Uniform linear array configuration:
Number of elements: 12
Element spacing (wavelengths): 0.75
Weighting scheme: hamming
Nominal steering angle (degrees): -45
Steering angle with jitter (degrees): -46.732
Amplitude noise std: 0.05
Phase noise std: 0.05

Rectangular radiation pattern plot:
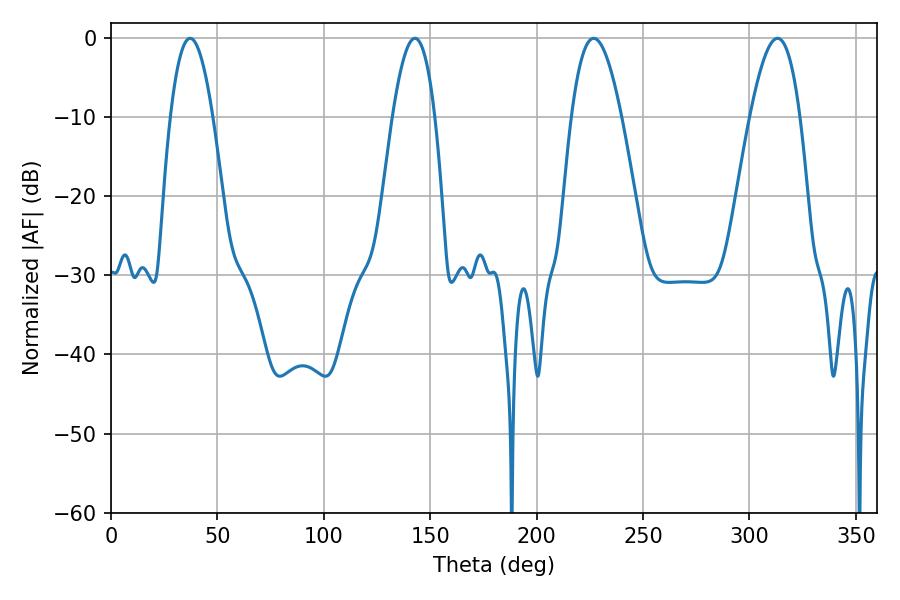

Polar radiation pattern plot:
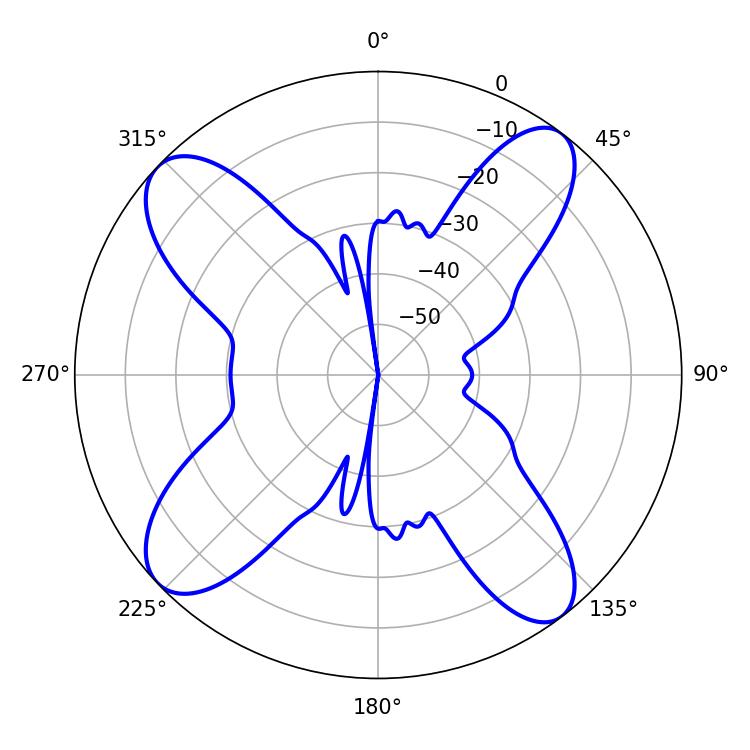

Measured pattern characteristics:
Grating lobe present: TRUE
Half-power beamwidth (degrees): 12.78
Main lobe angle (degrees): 226.8